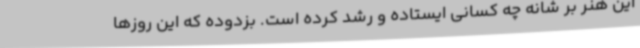
این هنر بر شانه چه کسانی ایستاده و رشد کرده است. بزدوده که این روزها